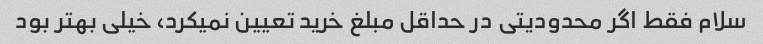
سلام فقط اگر محدودیتی در حداقل مبلغ خرید تعیین نمیکرد، خیلی بهتر بود